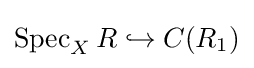
\operatorname {Spec} _{X}R\hookrightarrow C(R_{1})